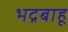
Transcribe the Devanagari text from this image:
भद्रबाहू